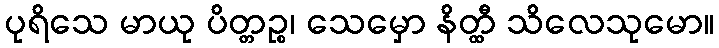
ပုရိသေ မာယု ပိတ္တဉ္စ၊ သေမှော နိတ္ထီ သိလေသုမော။